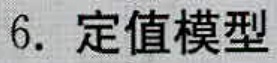
6. 定值模型